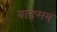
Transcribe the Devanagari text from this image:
वाङ्‍मय